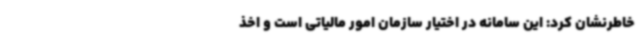
خاطرنشان کرد: این سامانه در اختیار سازمان امور مالیاتی است و اخذ